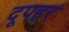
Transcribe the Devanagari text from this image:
दूपहर